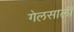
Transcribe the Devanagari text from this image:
गेलसालीं